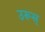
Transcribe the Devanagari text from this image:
उरूस्